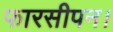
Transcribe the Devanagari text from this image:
फारसीपन।